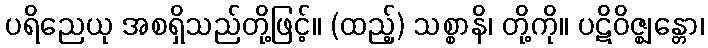
ပရိညေယု အစရှိသည်တို့ဖြင့်။ (ထည့်) သစ္စာနိ၊ တို့ကို။ ပဋိဝိဇ္ဈန္တော၊